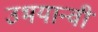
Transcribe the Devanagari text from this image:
उभयान्वी